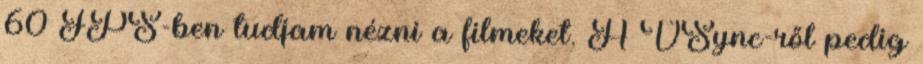
60 FPS-ben tudjam nézni a filmeket. A VSync-ről pedig